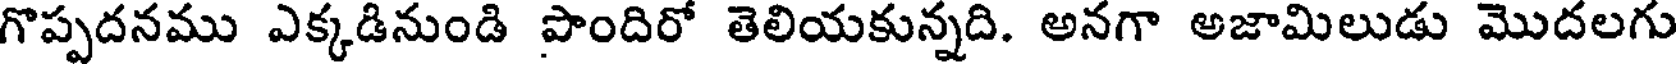
గొప్పదనము ఎక్కడినుండి పొందిరో తెలియకున్నది. అనగా అజామిలుడు మొదలగు